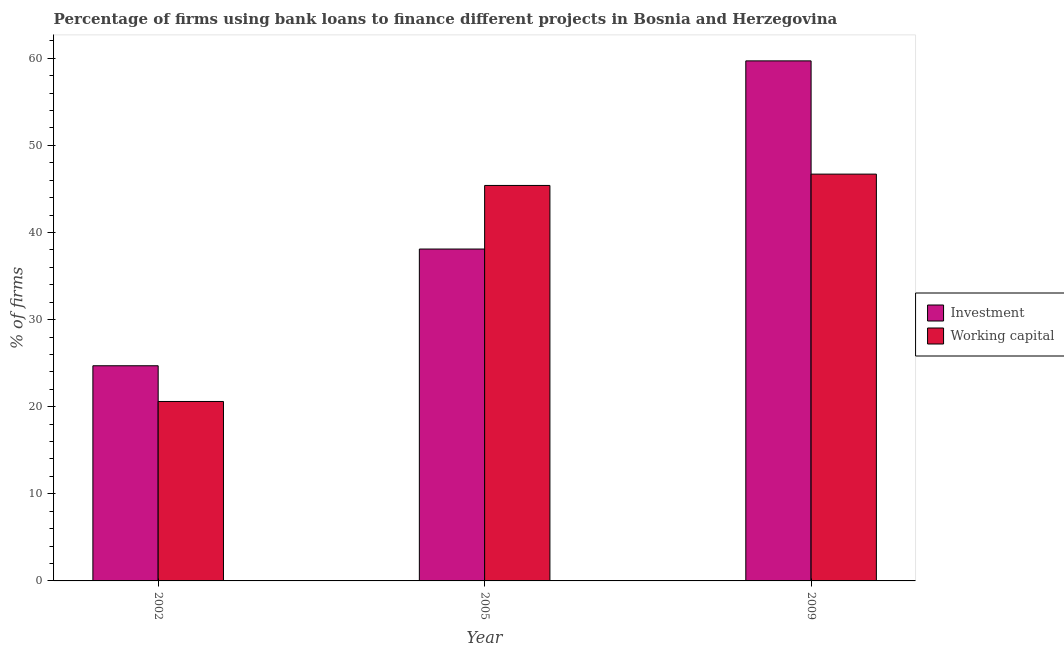
| Year | Investment | Working capital |
 | --- | --- | --- |
 | 2002 | 24.7 | 20.6 |
 | 2005 | 38.1 | 45.4 |
 | 2009 | 59.7 | 46.7 |